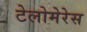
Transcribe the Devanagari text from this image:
टेलोमेरेस